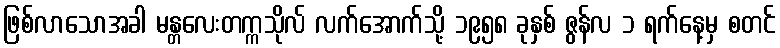
ဖြစ်လာသောအခါ မန္တလေးတက္ကသိုလ် လက်အောက်သို့ ၁၉၅၈ ခုနှစ် ဇွန်လ ၁ ရက်နေ့မှ စတင်